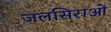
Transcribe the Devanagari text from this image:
जलसिराओं